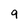
Character: 9